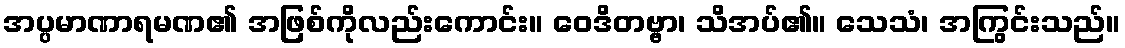
အပ္ပမာဏာရမဏ၏ အဖြစ်ကိုလည်းကောင်း။ ဝေဒိတဗ္ဗာ၊ သိအပ်၏။ သေသံ၊ အကြွင်းသည်။